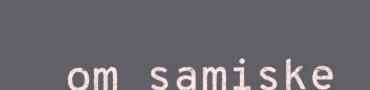
om samiske